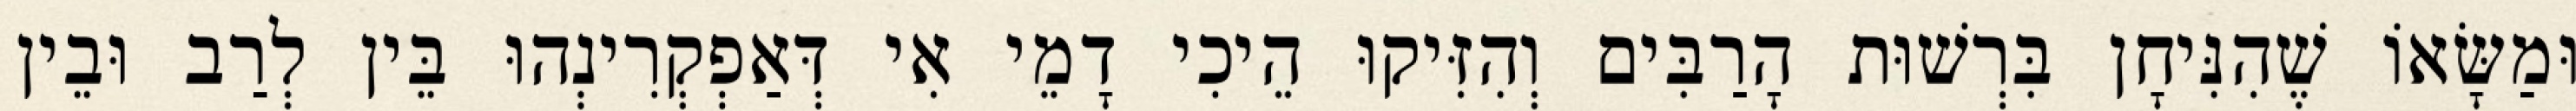
וּמַשָּׂאוֹ שֶׁהִנִּיחָן בִּרְשׁוּת הָרַבִּים וְהִזִּיקוּ הֵיכִי דָמֵי אִי דְּאַפְקְרִינְהוּ בֵּין לְרַב וּבֵין